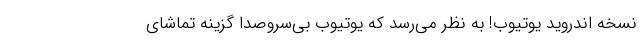
نسخه اندروید یوتیوب! به نظر می‌رسد که یوتیوب بی‌سروصدا گزینه تماشای